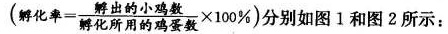
孵出的小鸡数$$( 孵 化 率 = \frac { 孵 出 的 小 鸡 数 } { 爵 化 所 用 的 鸡 蛋 数 } \times 1 0 0 % )$$分别如图 1 和图 2 所示：